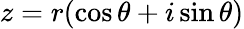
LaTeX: z=r(\cos\theta+i\sin\theta)